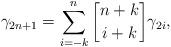
LaTeX: \begin{align*} \gamma_{2n+1} = \sum\limits_{i=-k}^n {n+k\brack i+k}\gamma_{2i},\end{align*}